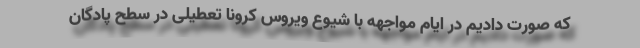
که صورت دادیم در ایام مواجهه با شیوع ویروس کرونا تعطیلی در سطح پادگان